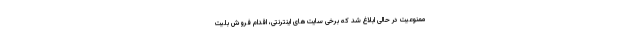
ممنوعیت در حالی ابلاغ شد که برخی سایت‌های اینترنتی، اقدام فروش بلیت